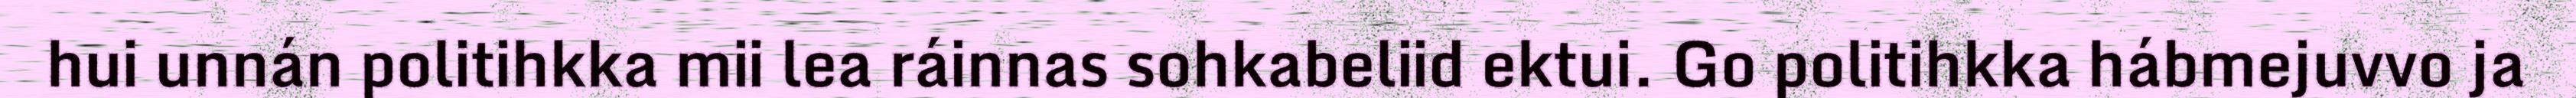
hui unnán politihkka mii lea ráinnas sohkabeliid ektui. Go politihkka hábmejuvvo ja